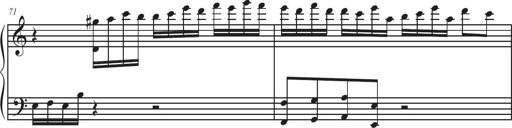
Title: Sonatina Espania
Composer: Jerald Franklin Archer
Key: Various